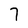
Character: 7